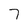
Character: 7